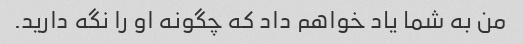
من به شما یاد خواهم داد که چگونه او را نگه دارید.